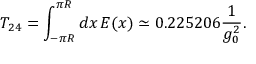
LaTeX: { \cal T } _ { 2 4 } = \int _ { - \pi R } ^ { \pi R } d x \, E ( x ) \simeq 0 . 2 2 5 2 0 6 \frac { 1 } { g _ { 0 } ^ { 2 } } .